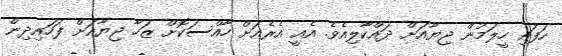
ހަފައި ހީލަމުން ޖިޔާއަށް ދައްކާލިއެވެ. އެއީ އެރެއަށް ހާއްސަކޮށް ޒަހާ ޖިޔާއަށް ފަހައިދިން